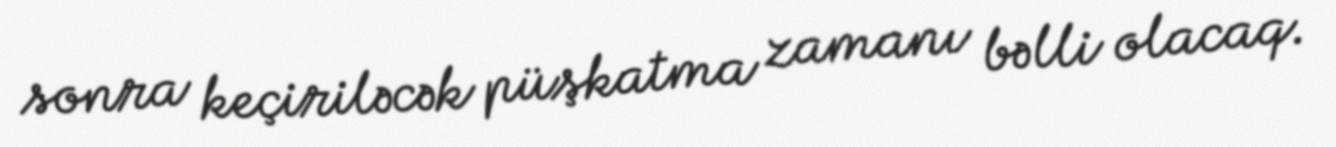
sonra keçiriləcək püşkatma zamanı bəlli olacaq.